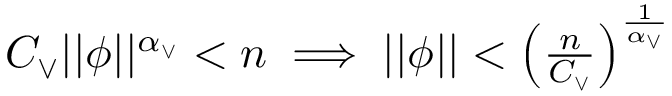
\begin{array} { r } { C _ { \vee } \vert \vert \phi \vert \vert ^ { \alpha _ { \vee } } < n \implies \vert \vert \phi \vert \vert < \left( \frac { n } { C _ { \vee } } \right) ^ { \frac { 1 } { \alpha _ { \vee } } } } \end{array}